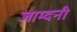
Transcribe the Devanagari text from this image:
जाम्दनी